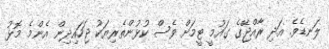
ލަނޑެވެ. އަދި ރާއްޖޭގެ ގައުމީ ޓީމަށް ވެސް ކުޅުންތެރިޔަކު ޖަހައިދިން އެންމެ މޮޅު